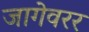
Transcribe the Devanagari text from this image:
जागेवरर